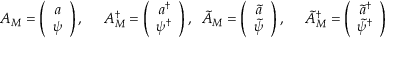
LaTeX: A _ { M } = \left( \begin{array} { c } { { a } } \\ { { \psi } } \end{array} \right) , \; \; \; \; \; A _ { M } ^ { \dagger } = \left( \begin{array} { c } { { a ^ { \dagger } } } \\ { { \psi ^ { \dagger } } } \end{array} \right) , \; \; \tilde { A } _ { M } = \left( \begin{array} { c } { { \tilde { a } } } \\ { { \tilde { \psi } } } \end{array} \right) , \; \; \; \; \; \tilde { A } _ { M } ^ { \dagger } = \left( \begin{array} { c } { { \tilde { a } ^ { \dagger } } } \\ { { \tilde { \psi } ^ { \dagger } } } \end{array} \right)